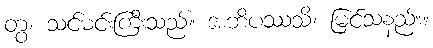
တွံ၊ သင်မင်းကြီးသည်။ အဘိပဿသိ၊ မြင်သနည်း။